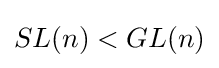
SL(n)<GL(n)